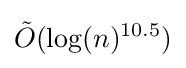
{\tilde {O}}(\log(n)^{10.5})